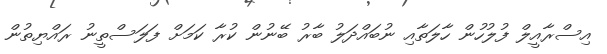
އިސްރާއީލް ފުލުހުން ހާލަތާއި ނުބައްދަލު ބާރު ބޭނުން ކުރާ ކަމަށް ފަލަސްތީނު ރައްޔިތުން